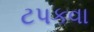
ટપકવા